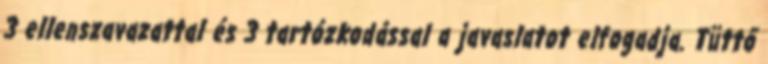
3 ellenszavazattal és 3 tartózkodással a javaslatot elfogadja. Tüttő